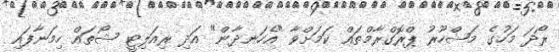
ރޯދަ މަހުގެ މަޝްހޫރު ޕްރޮގްރާމްތައް ކަމަށްވާ "އެހަނދާން" އަދި ރިއަލިޓީ ޝޯތައް ހިމަނާފައި